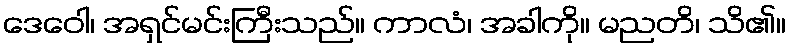
ဒေဝေါ၊ အရှင်မင်းကြီးသည်။ ကာလံ၊ အခါကို။ မညတိ၊ သိ၏။